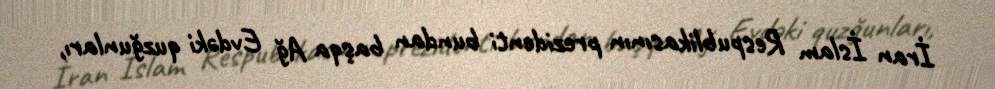
İran İslam Respublikasının prezidenti bundan başqa Ağ Evdəki quzğunları,